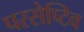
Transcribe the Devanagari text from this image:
परसेप्टिव